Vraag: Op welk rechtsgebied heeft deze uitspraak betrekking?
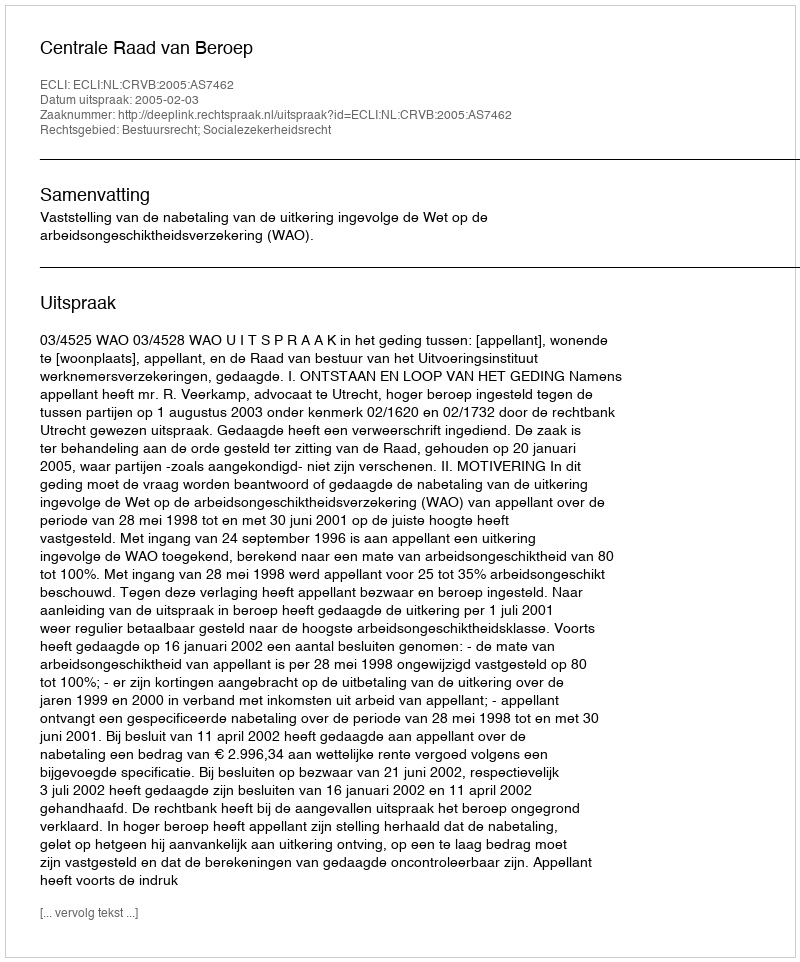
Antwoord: Bestuursrecht; Socialezekerheidsrecht